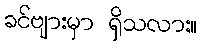
ခင်ဗျားမှာ ရှိသလား။